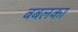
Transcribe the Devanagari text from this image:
बबलका